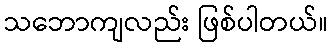
သဘောကျလည်း ဖြစ်ပါတယ်။